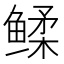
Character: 𬶧